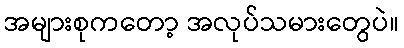
အများစုကတော့ အလုပ်သမားတွေပဲ။